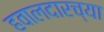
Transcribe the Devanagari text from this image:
हवालदारच्या